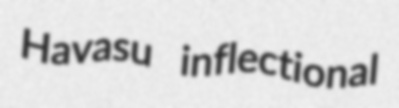
Havasu inflectional